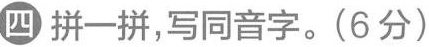
四拼一拼，写同音字。(6分)